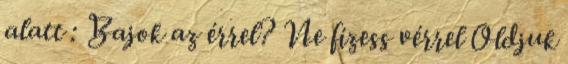
alatt : Bajok az érrel? Ne fizess vérrel Oldjuk